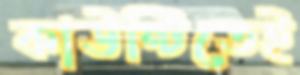
কাউন্টিতেই